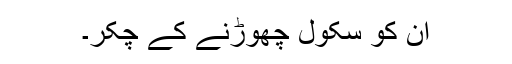
ان کو سکول چھوڑنے کے چکّر۔